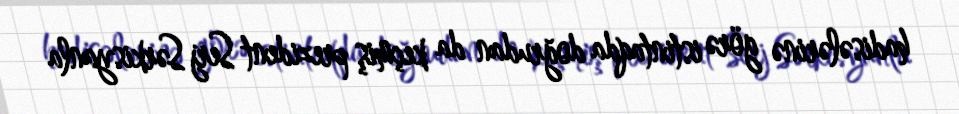
hadisələrinə görə istintaqda doğrudan da keçmiş prezident Serj Sərkisyanla